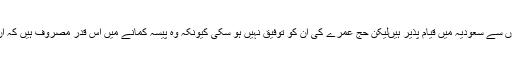
بہت سے ایسے پاکستانی ہیں جو برسوں سے سعودیہ میں قیام پذیر ہیںلیکن حج عمرے کی ان کو توفیق نہیں ہو سکی کیونکہ وہ پیسہ کمانے میں اس قدر مصروف ہیں کہ ان کاموں کا ان کے پاس وقت ہی نہیں ۔